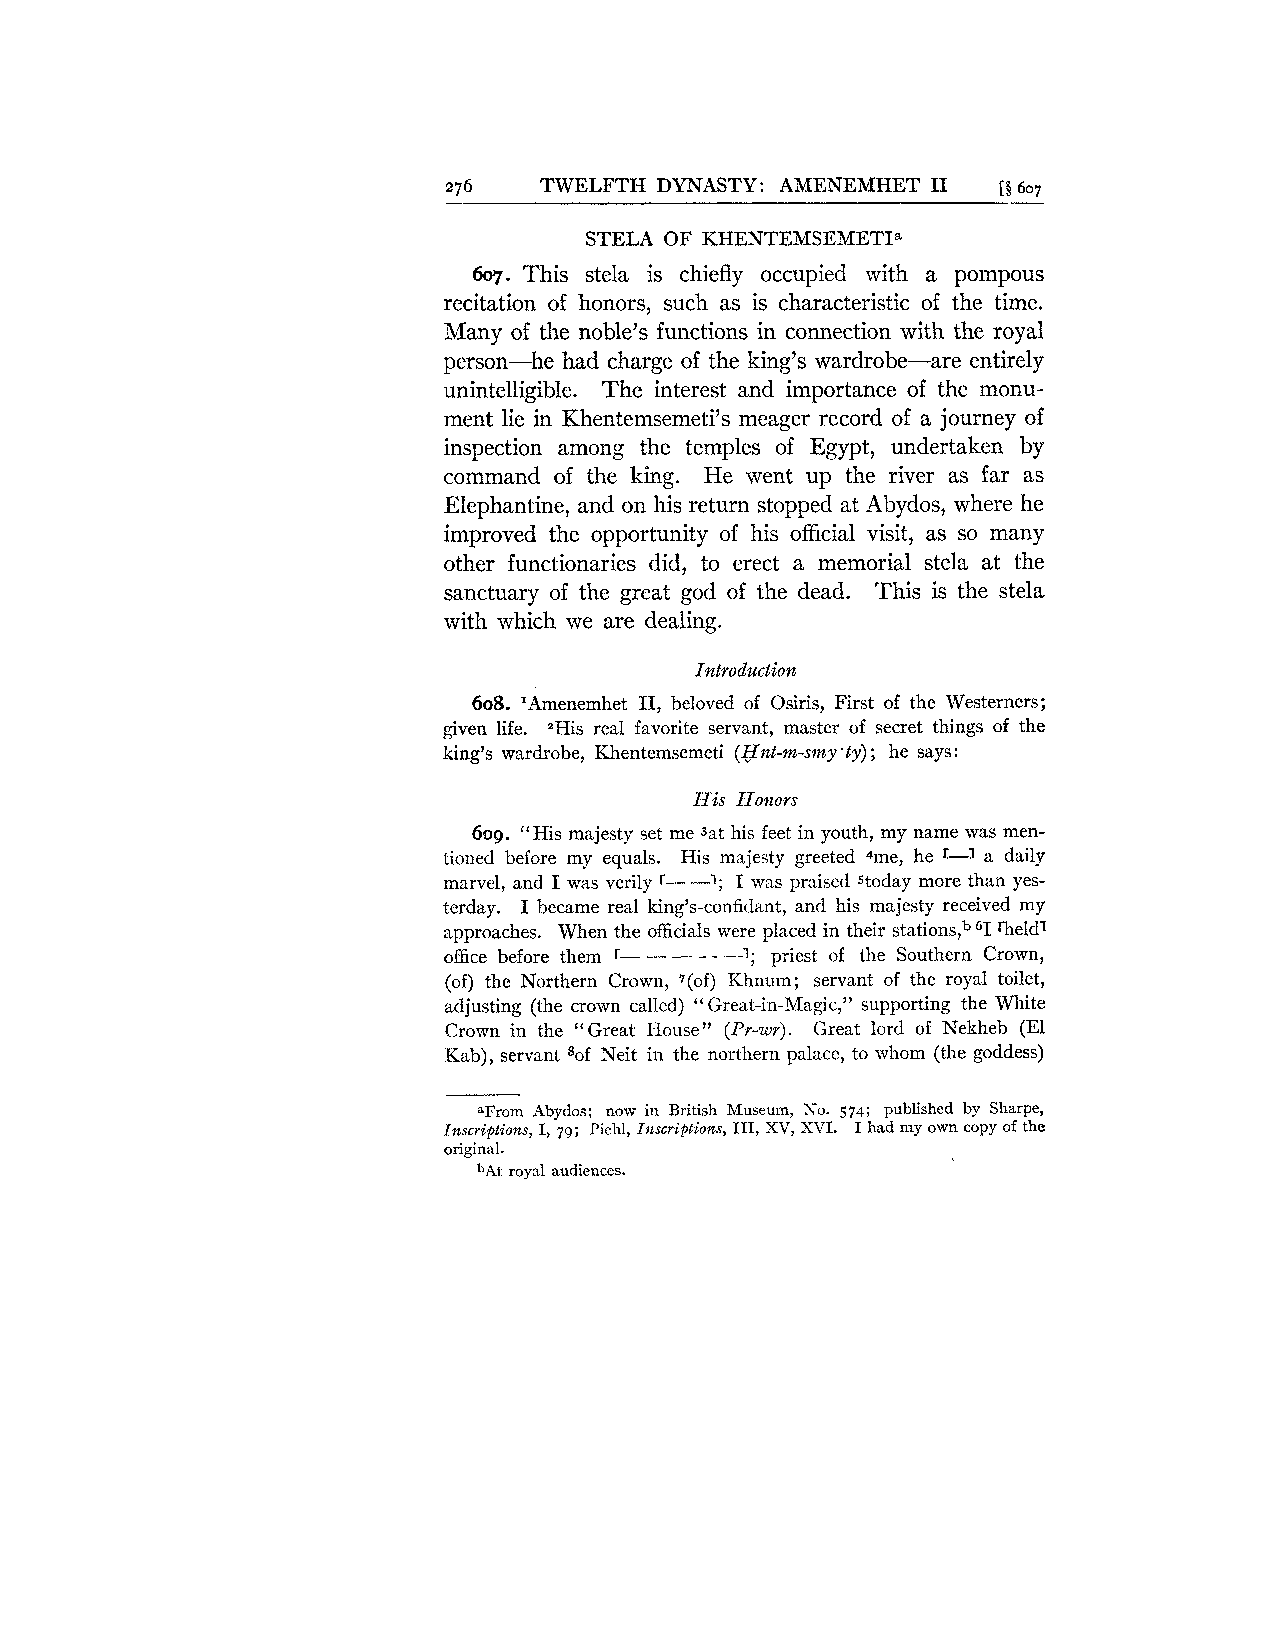
276   TWELFTH DYNASTY: AMENEMHET I1 [$607
 STELA OF KHENTEMSEMETIa
 607. This stela is chiefly occupied with a pompous
 recitation of honors, such as is characteristic of the time.
 Many of the noble's functions in connection with the royal
 person-he had charge of the king's wardrobe-are entirely
 unintelligible. The interest and importance of the monu-
 ment lie in Khentemsemeti's meager record of a journey of
 inspection among the temples of Egypt, undertaken by
 command of the king. He went up the river as far as
 Elephantine, and on his return stopped at Abydos, where he
 improved the opportunity of his official visit, as so many
 other functionaries did, to erect a memorial stela at the
 sanctuary of the great god of the dead. This is the stela
 with which we are dealing.
 Introduction
 608. 'Amenemhet 11, beloved of Osiris, First of the Westerners;
 given life. 2His real favorite servant, master of secret things of the
 king's wardrobe, Khentemsemeti (Hnt-m-smy'ty); he says:
 His .Honors
 609. "His majesty set me sat his feet in youth, my name was men-
 tioned before my equals. His majesty greeted 4me, he r-1 a daily
 marvel, and I was verily r- -1; I was praised stoday more than yes-
 terday. I became real Icing's-confidant, and his majesty received my
 approaches. When the officials were placed in their stations," 61r heldl
 office before them r- - - - -1; priest of the Southern Crown,
 (of) the Northern Crown, 7(of) Khnum; servant of the royal toilet,
 adjusting (the crown called) Great-in-Magic," supporting the White
 "
 Crown in the Great House" (Pr-wr). Great lord of Nekheb (El
 "
 Kab), servant 8of Neit in the northern palace, to whom (the goddess)
 aFrom Abydos; now in British Museum, No. 574; published by Sharpe,
 Inscriptions, I, 79; Piehl, Inscriptions, 111, XV, XVI. I had my own copy of the
 original.
 bAi, royal audiences.